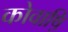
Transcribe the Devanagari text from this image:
कोवाष़ि